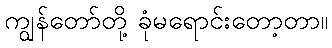
ကျွန်တော်တို့ ခုံမရောင်းတော့တာ။